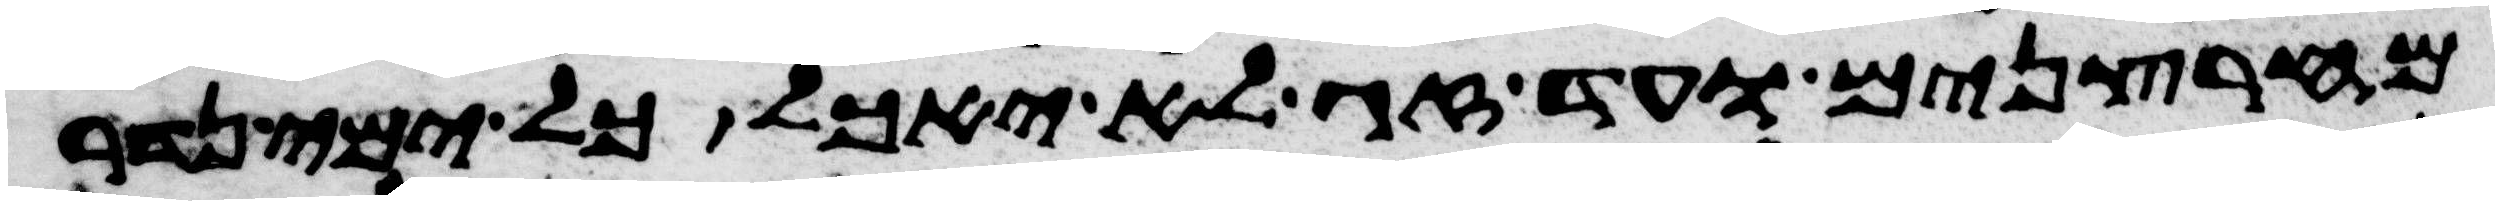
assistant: מחרצנים ועד זג לא יאכל כל ימי נדר